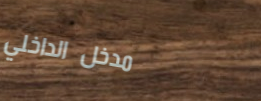
مدخل الداخلي